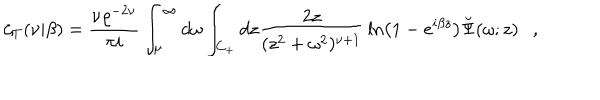
LaTeX: \zeta _ { T } ( \nu | \beta ) = { \frac { \nu \varrho ^ { - 2 \nu } } { \pi i } } \int _ { \mu } ^ { \infty } d \omega \int _ { C _ { + } } d z { \frac { 2 z } { ( z ^ { 2 } + \omega ^ { 2 } ) ^ { \nu + 1 } } } \ln \left( 1 - e ^ { i \beta z } \right) \breve { \Psi } ( \omega ; z ) ,